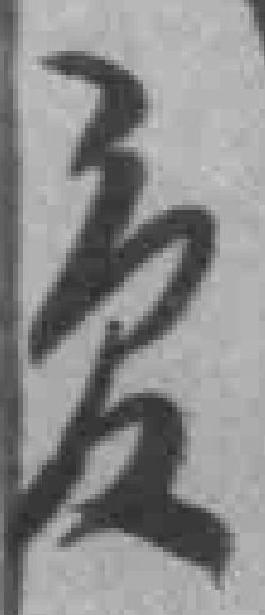
發